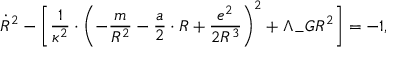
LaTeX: \dot { R } ^ { 2 } - \Biggl [ \frac { 1 } { \kappa ^ { 2 } } \cdot \biggl ( - \frac { m } { R ^ { 2 } } - \frac { a } { 2 } \cdot R + \frac { e ^ { 2 } } { 2 R ^ { 3 } } \biggr ) ^ { 2 } + \Lambda _ { - } G R ^ { 2 } \Biggr ] = - 1 ,